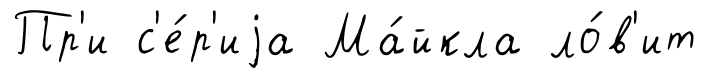
Пр'и с'е́р'иjа Ма́йкла ло́в'ит